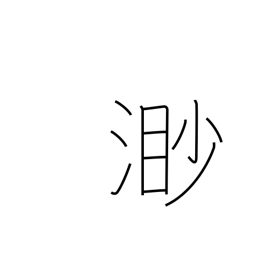
Meaning: boundless